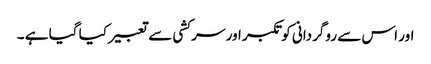
اور اس سے روگردانی کو تکبر اور سر کشی سے تعبیر کیا گیا ہے ۔